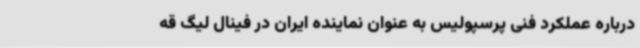
درباره عملکرد فنی پرسپولیس به عنوان نماینده ایران در فینال لیگ قه